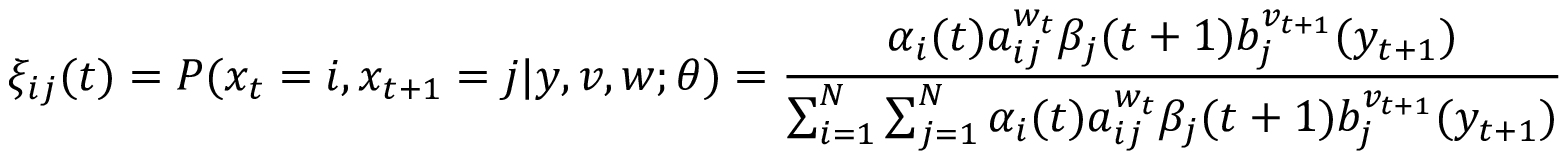
\xi _ { i j } ( t ) = P ( x _ { t } = i , x _ { t + 1 } = j | y , v , w ; \theta ) = { \frac { \alpha _ { i } ( t ) a _ { i j } ^ { w _ { t } } \beta _ { j } ( t + 1 ) b _ { j } ^ { v _ { t + 1 } } ( y _ { t + 1 } ) } { \sum _ { i = 1 } ^ { N } \sum _ { j = 1 } ^ { N } \alpha _ { i } ( t ) a _ { i j } ^ { w _ { t } } \beta _ { j } ( t + 1 ) b _ { j } ^ { v _ { t + 1 } } ( y _ { t + 1 } ) } }